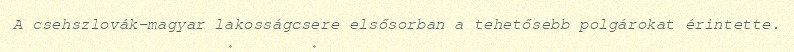
A csehszlovák-magyar lakosságcsere elsősorban a tehetősebb polgárokat érintette.